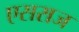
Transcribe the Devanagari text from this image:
एसराज